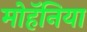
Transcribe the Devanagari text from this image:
मोहॅनिया